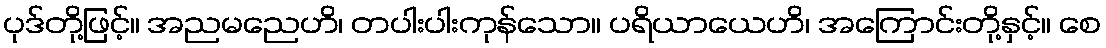
ပုဒ်တို့ဖြင့်။ အညမညေဟိ၊ တပါးပါးကုန်သော။ ပရိယာယေဟိ၊ အကြောင်းတို့နှင့်။ စေ